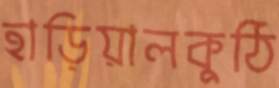
হাড়িয়ালকুঠি